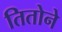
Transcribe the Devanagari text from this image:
तितोने